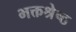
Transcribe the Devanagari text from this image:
भक्तश्रेष्ठ